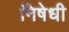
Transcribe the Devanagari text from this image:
निषेधी